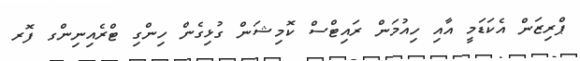
ޕްރިޒަން އެކަޑަމީ އާއި ހިއުމަން ރައިޓްސް ކޮމިޝަން ގުޅިގެން ހިންގި ޓްރެއިނިންގ ފޮރ